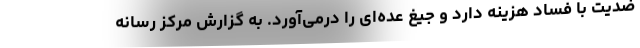
ضدیت با فساد هزینه دارد و جیغ عده‌ای را درمی‌آورد. به گزارش مرکز رسانه